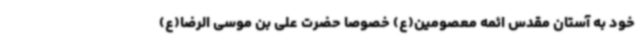
خود به آستان مقدس ائمه معصومین(ع) خصوصا حضرت علی بن موسی الرضا(ع)